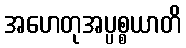
အဟေတုအပ္ပစ္စယာတိ